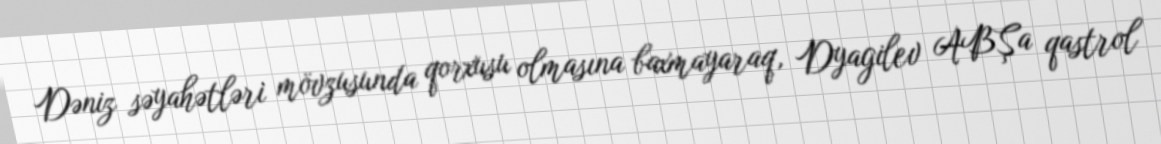
Dəniz səyahətləri mövzusunda qorxusu olmasına baxmayaraq, Dyagilev ABŞa qastrol